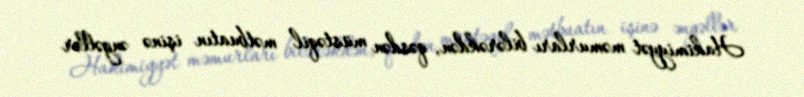
Hakimiyyət məmurları bilərəkdən, qəsdən müstəqil mətbuatın işinə əngəllər